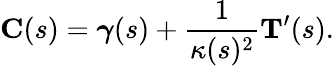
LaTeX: \mathbf{C}(s)={\boldsymbol{\gamma}}(s)+{\frac{1}{\kappa(s)^{2}}}\mathbf{T}^{\prime}(s).